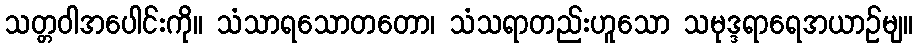
သတ္တဝါအပေါင်းကို။ သံသာရသောတတော၊ သံသရာတည်းဟူသော သမုဒ္ဒရာရေအယာဉ်မျ။